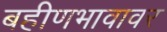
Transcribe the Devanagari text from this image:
बहीणभावावर